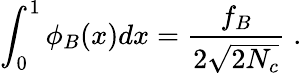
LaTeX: \int_{0}^{1}\phi_{B}(x)dx=\frac{f_{B}}{2\sqrt{2N_{c}}}\; .